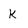
Character: k